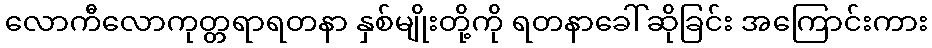
လောကီလောကုတ္တရာရတနာ နှစ်မျိုးတို့ကို ရတနာခေါ်ဆိုခြင်း အကြောင်းကား